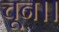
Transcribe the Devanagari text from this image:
चून।।